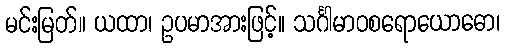
မင်းမြတ်။ ယထာ၊ ဥပမာအားဖြင့်။ သင်္ဂါမာဝစရောယောဓော၊